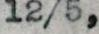
12/5,